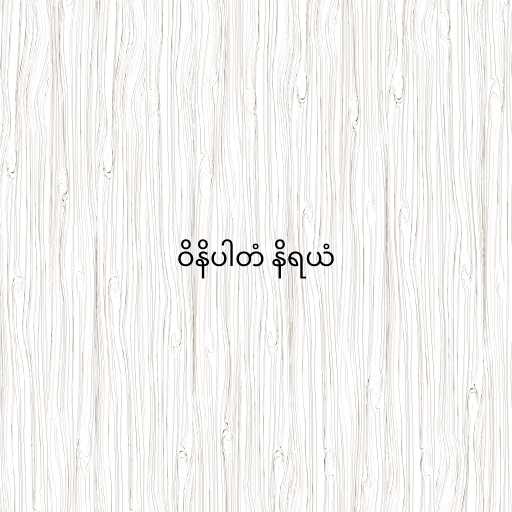
ဝိနိပါတံ နိရယံ